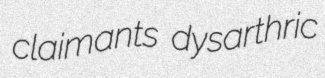
claimants dysarthric